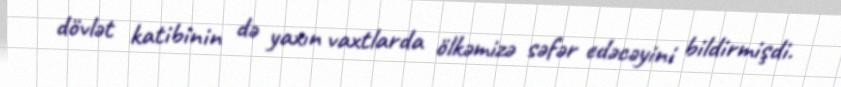
dövlət katibinin də yaxın vaxtlarda ölkəmizə səfər edəcəyini bildirmişdi.